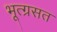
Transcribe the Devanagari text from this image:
भूत्ग्रसत